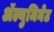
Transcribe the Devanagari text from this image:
ॲल्युमिनेट